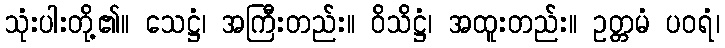
သုံးပါးတို့၏။ သေဋ္ဌံ၊ အကြီးတည်း။ ဝိသိဋ္ဌံ၊ အထူးတည်း။ ဥတ္တမံ ပဝရံ၊